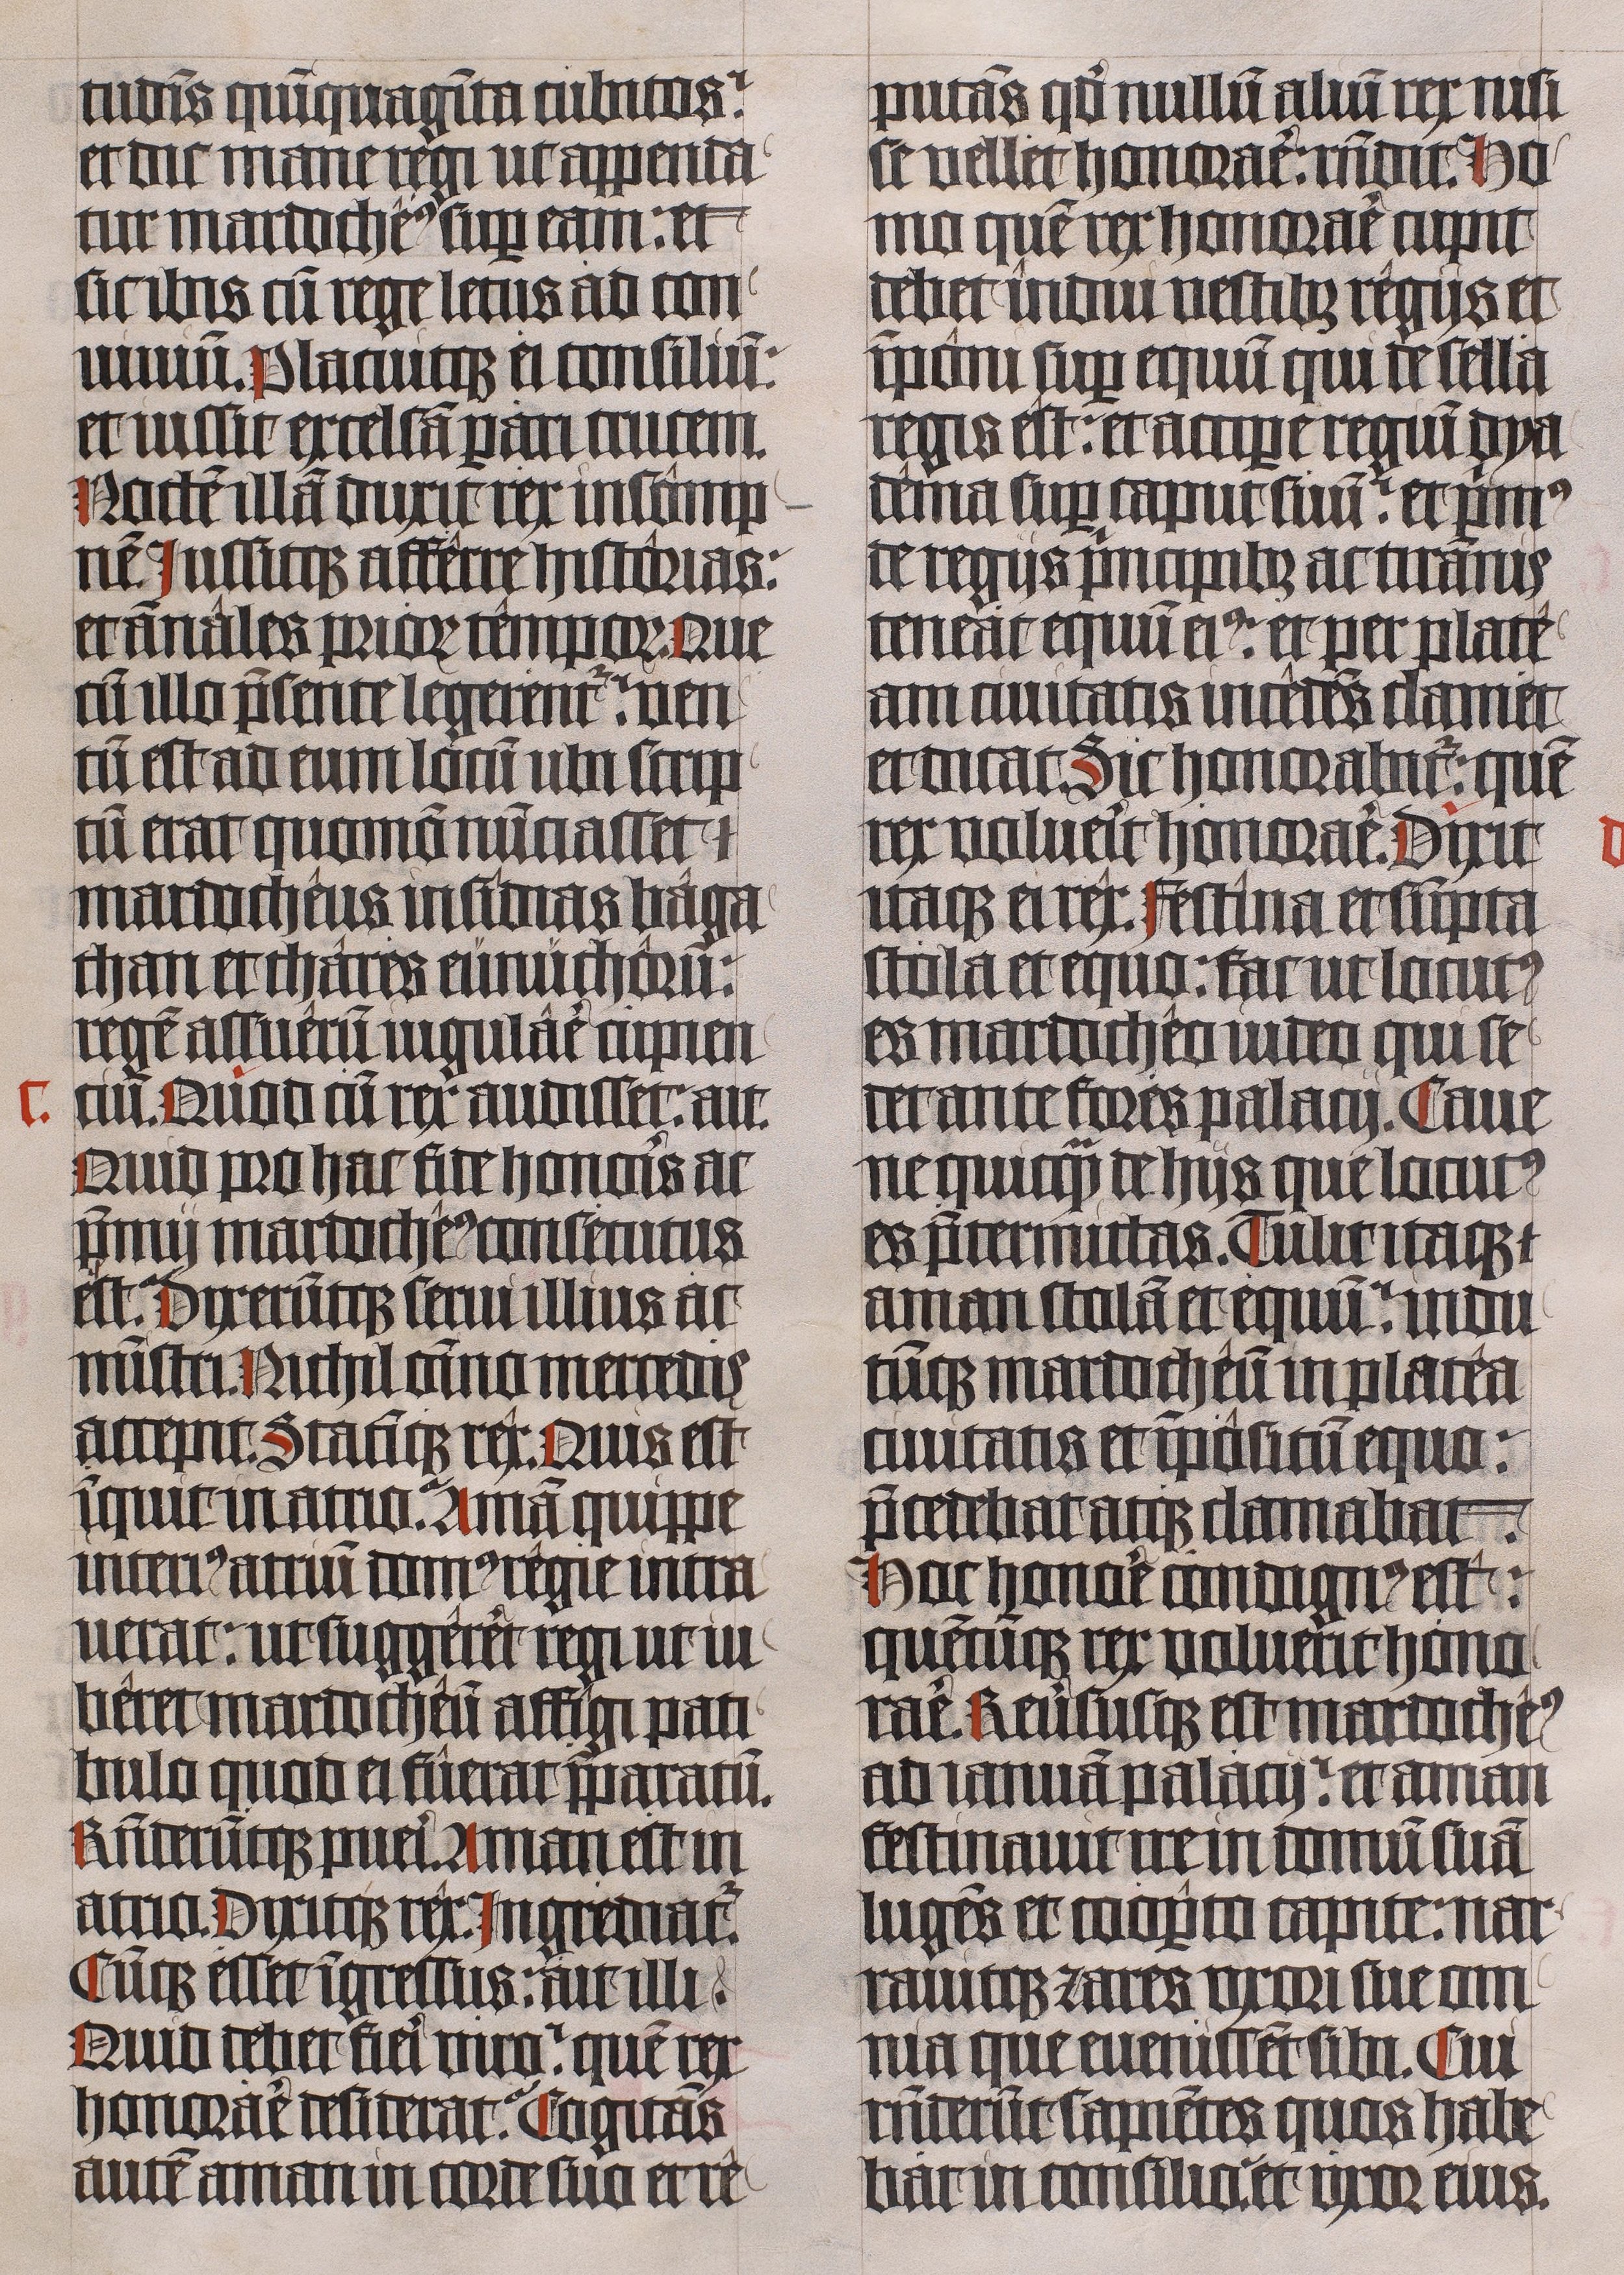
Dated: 1443–1443